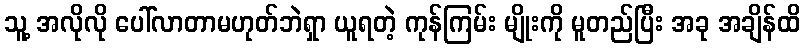
သူ့ အလိုလို ပေါ်လာတာမဟုတ်ဘဲရှာ ယူရတဲ့ ကုန်ကြမ်း မျိုးကို မူတည်ပြီး အခု အချိန်ထိ